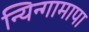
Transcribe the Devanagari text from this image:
न्यिन्गामापा